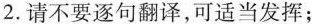
2.请不要逐句翻译，可适当发挥；